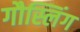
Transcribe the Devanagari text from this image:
गौस्लिंग